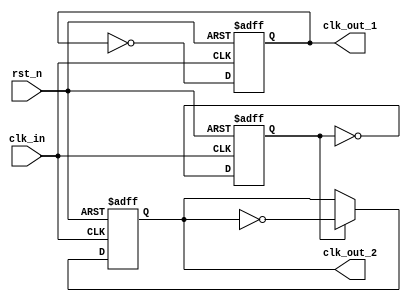
module clk_div(rst_n, clk_in, clk_out_1, clk_out_2);
  input rst_n, clk_in;
  output reg clk_out_1, clk_out_2;
  
  // divided by 2
  always @(posedge clk_in or negedge rst_n)
  begin
    if(!rst_n)
      clk_out_1 <= 1'b0;
    else
      clk_out_1 <= ~clk_out_1;
  end
  
  // divided by 4
  // -------- insert your code here ------------
  reg cnt;
  always @(posedge clk_in or negedge rst_n)
  begin
    if(!rst_n)
    begin
      cnt <= 1'b0;
      clk_out_2 <= 1'b0;
    end
    else
    begin
      cnt <= ~cnt;
      if(cnt) clk_out_2 <= ~clk_out_2;
    end
  end
  // -------------------------------------------

endmodule